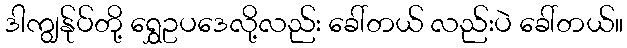
ဒါကျွန်ုပ်တို့ ရွှေဥပဒေလို့လည်း ခေါ်တယ် လည်းပဲ ခေါ်တယ်။